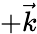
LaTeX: +\vec{k}